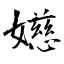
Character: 嬨